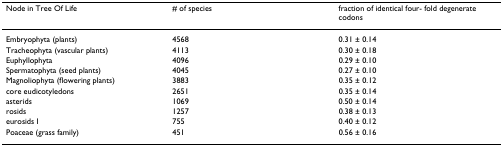
| Node in Tree Of Life | # of species | fraction of identical four- fold degenerate codons |
 | --- | --- | --- |
 | Embryophyta (plants) | 4568 | 0.31 ± 0.14 |
 | Tracheophyta (vascular plants) | 4113 | 0.30 ± 0.18 |
 | Euphyllophyta | 4096 | 0.29 ± 0.10 |
 | Spermatophyta (seed plants) | 4045 | 0.27 ± 0.10 |
 | Magnoliophyta (flowering plants) | 3883 | 0.35 ± 0.12 |
 | core eudicotyledons | 2651 | 0.35 ± 0.14 |
 | asterids | 1069 | 0.50 ± 0.14 |
 | rosids | 1257 | 0.38 ± 0.13 |
 | eurosids I | 755 | 0.40 ± 0.12 |
 | Poaceae (grass family) | 451 | 0.56 ± 0.16 |